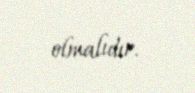
olmalıdır.